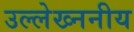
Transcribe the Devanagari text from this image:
उल्लेख्ननीय